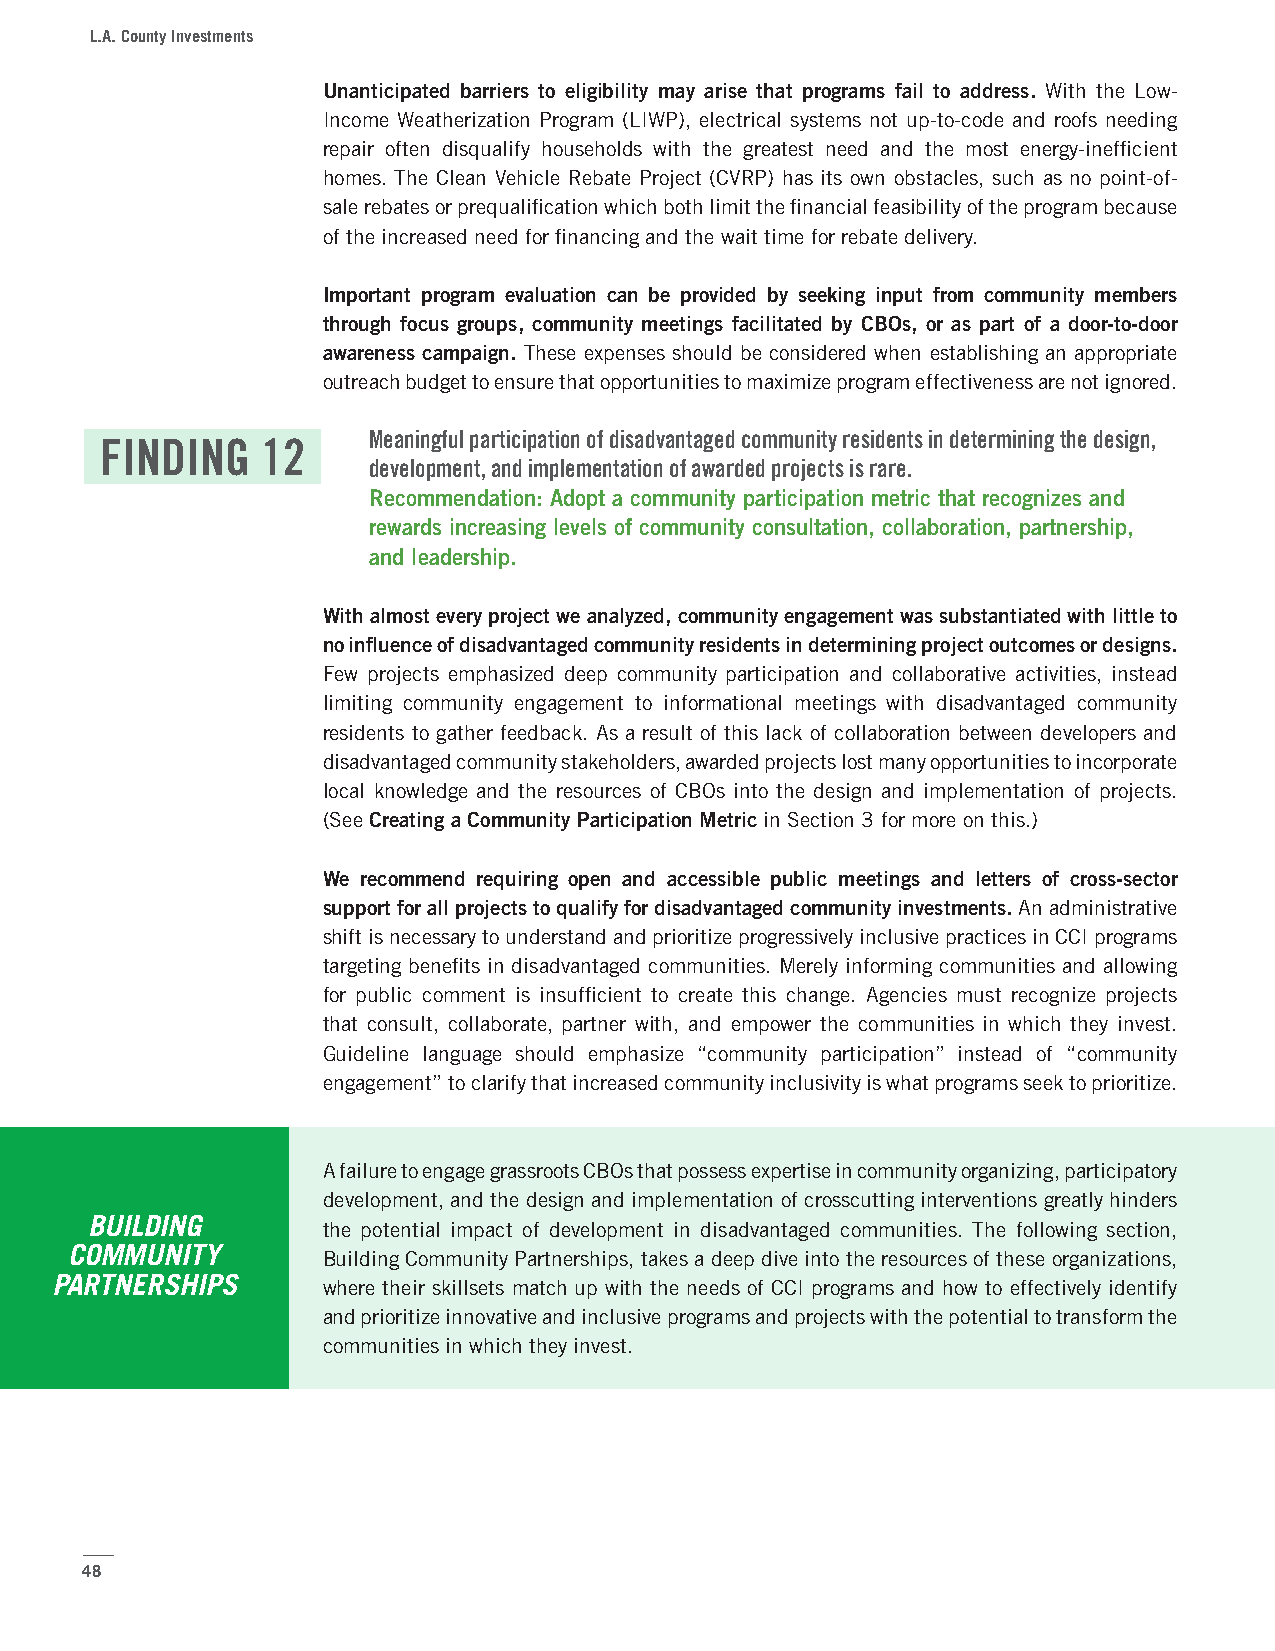
L.A. County Investments
 Unanticipated barriers to eligibility may arise that programs fail to address. With the Low-
 Income Weatherization Program (LIWP), electrical systems not up-to-code and roofs needing
 repair often disqualify households with the greatest need and the most energy-inefficient
 homes. The Clean Vehicle Rebate Project (CVRP) has its own obstacles, such as no point-of-
 sale rebates or prequalification which both limit the financial feasibility of the program because
 of the increased need for financing and the wait time for rebate delivery.
 Important program evaluation can be provided by seeking input from community members
 through focus groups, community meetings facilitated by CBOs, or as part of a door-to-door
 awareness campaign. These expenses should be considered when establishing an appropriate
 outreach budget to ensure that opportunities to maximize program effectiveness are not ignored.
 Meaningful participation of disadvantaged community residents in determining the design,
 FINDING   12
 development, and implementation of awarded projects is rare.
 Recommendation: Adopt a community participation metric that recognizes and
 rewards increasing levels of community consultation, collaboration, partnership,
 and leadership.
 With almost every project we analyzed, community engagement was substantiated with little to
 no influence of disadvantaged community residents in determining project outcomes or designs.
 Few projects emphasized deep community participation and collaborative activities, instead
 limiting community engagement to informational meetings with disadvantaged community
 residents to gather feedback. As a result of this lack of collaboration between developers and
 disadvantaged community stakeholders, awarded projects lost many opportunities to incorporate
 local knowledge and the resources of CBOs into the design and implementation of projects.
 (See Creating a Community Participation Metric in Section 3 for more on this.)
 We recommend requiring open and accessible public meetings and letters of cross-sector
 support for all projects to qualify for disadvantaged community investments. An administrative
 shift is necessary to understand and prioritize progressively inclusive practices in CCI programs
 targeting benefits in disadvantaged communities. Merely informing communities and allowing
 for public comment is insufficient to create this change. Agencies must recognize projects
 that consult, collaborate, partner with, and empower the communities in which they invest.
 Guideline language should emphasize “community participation” instead of “community
 engagement” to clarify that increased community inclusivity is what programs seek to prioritize.
 A failure to engage grassroots CBOs that possess expertise in community organizing, participatory
 development, and the design and implementation of crosscutting interventions greatly hinders
 BUILDING       the potential impact of development in disadvantaged communities. The following section,
 COMMUNITY       Building Community Partnerships, takes a deep dive into the resources of these organizations,
 PARTNERSHIPS      where their skillsets match up with the needs of CCI programs and how to effectively identify
 and prioritize innovative and inclusive programs and projects with the potential to transform the
 communities in which they invest.
 48